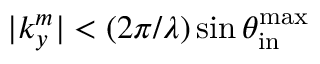
| k _ { y } ^ { m } | < ( 2 \pi / \lambda ) \sin { \theta _ { \mathrm { i n } } ^ { \mathrm { m a x } } }